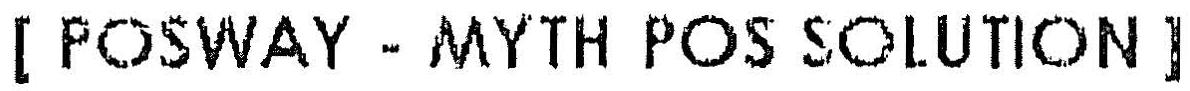
[POSWAY - MYTH POS SOLUTION]